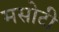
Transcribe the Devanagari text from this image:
मसोटी